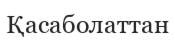
Қасаболаттан